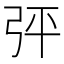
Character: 𢏊